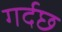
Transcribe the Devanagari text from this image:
गर्दछ